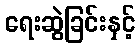
ရေးဆွဲခြင်းနှင့်